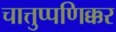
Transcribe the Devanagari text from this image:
चात्तुप्पणिक्कर